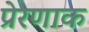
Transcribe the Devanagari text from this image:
प्रेरणाक